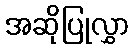
အဆိုပြုလွှာ